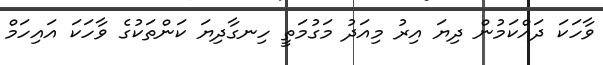
ވާހަކަ ދައްކަމުން ދިޔަ އިރު މިއަދު މަގުމަތީ ހިނގާދިޔަ ކަންތަކުގެ ވާހަކަ އައިހަމް